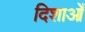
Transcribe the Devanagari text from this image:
दिशाओँ